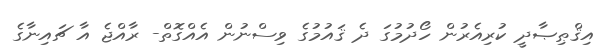
އިޤްޠިޞާދީ ކުރިއެރުން ހޯދުމުގަ ދެ ޤައުމުގެ ވިސްނުން އެއްގޮތް- ރާއްޖެ އާ ޗައިނާގެ